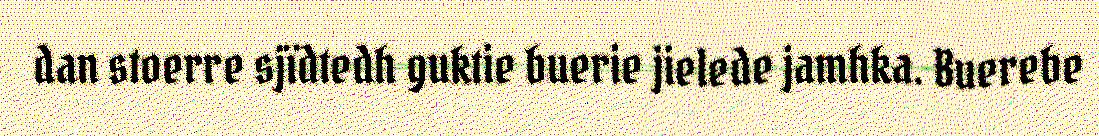
dan stoerre sjïdtedh guktie buerie jielede jamhka. Buerebe